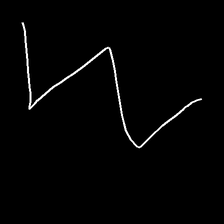
Glyph: crush